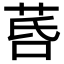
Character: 𦯚